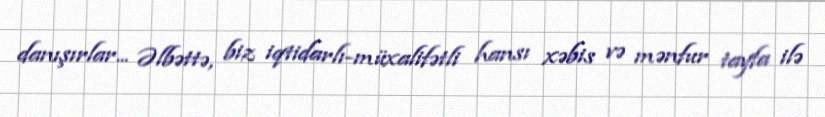
danışırlar... Əlbəttə, biz iqtidarlı-müxalifətli hansı xəbis və mənfur tayfa ilə